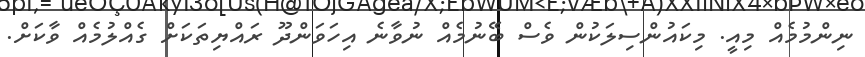
ނިންމުމެއް މިއީ. މިކައުންސިލަކުން ވެސް ބޭނުމެއް ނުވާނެ އިހަވަންދޫ ރައްޔިތަކަށް ގެއްލުމެއް ވާކަށް.